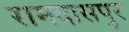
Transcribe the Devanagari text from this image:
रामदासपुर